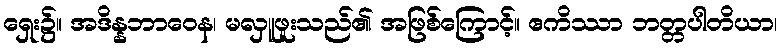
ရှေး၌။ အဒိန္နဘာဝေန၊ မလှူဖူးသည်၏ အဖြစ်ကြောင့်။ ဧကိဿာ ဘတ္တပါတိယာ၊